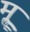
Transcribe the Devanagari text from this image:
मॣ